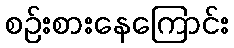
စဉ်းစားနေကြောင်း